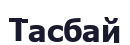
Тасбай